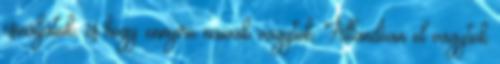
csináljátok, és hogy ennyire naivak vagytok. Állandóan el vagytok